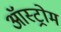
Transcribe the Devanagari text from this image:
ऑस्ट्रोम